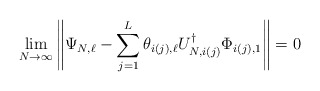
\begin{align*} \lim_{N\to \infty} \left\| \Psi_{N,\ell} - \sum_{j=1}^{L} \theta_{i(j),\ell} U_{N,i(j)}^\dagger\Phi_{i(j),1} \right\| = 0\end{align*}